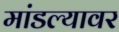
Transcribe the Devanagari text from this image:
मांडल्यावर